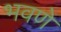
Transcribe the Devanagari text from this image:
भवणे